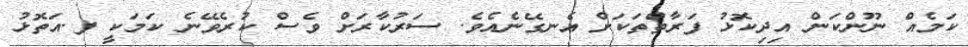
ކަމެއް ނޫންކަން އިދިކޮޅު ފަރާތްތަކަށް އެނގޭނެއެވެ. ސަރުކާރަށް ވެސް ކުރެވޭނެ ކަމަކީ ފ.އަތޮޅު